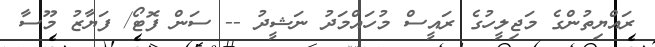
ރައްޔިތުންގެ މަޖިލީހުގެ ރައީސް މުހައްމަދު ނަޝީދު -- ސަން ފޮޓޯ/ ފަޔާޒު މޫސާ